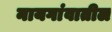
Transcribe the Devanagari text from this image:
नायगांवातील